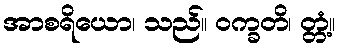
အာစရိယော၊ သည်။ ဝက္ခတိ၊ တ္တံ့။